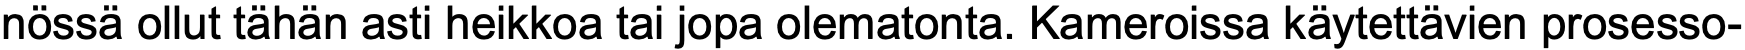
nössä ollut tähän asti heikkoa tai jopa olematonta. Kameroissa käytettävien prosesso-